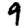
Digit: 9